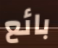
بائع